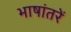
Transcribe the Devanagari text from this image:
भाषांतरें